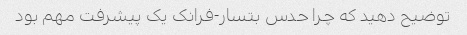
توضیح دهید که چرا حدس بتسار-فرانک یک پیشرفت مهم بود